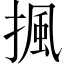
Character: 𢱚